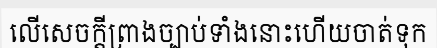
លើសេចក្តីព្រាងច្បាប់ទាំងនោះហើយចាត់ទុក